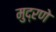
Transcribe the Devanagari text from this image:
मुद्रणे